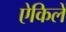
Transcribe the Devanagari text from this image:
ऐकिलें